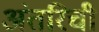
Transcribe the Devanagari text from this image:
अंतरिची